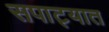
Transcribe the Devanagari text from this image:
सपाट्यात